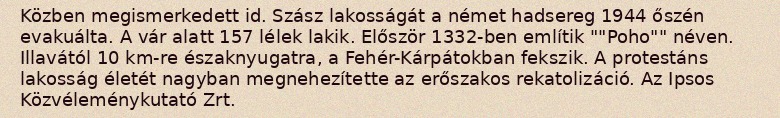
Közben megismerkedett id. Szász lakosságát a német hadsereg 1944 őszén evakuálta. A vár alatt 157 lélek lakik. Először 1332-ben említik ""Poho"" néven. Illavától 10 km-re északnyugatra, a Fehér-Kárpátokban fekszik. A protestáns lakosság életét nagyban megnehezítette az erőszakos rekatolizáció. Az Ipsos Közvéleménykutató Zrt.